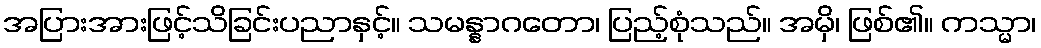
အပြားအားဖြင့်သိခြင်းပညာနှင့်။ သမန္နာဂတော၊ ပြည့်စုံသည်။ အမှိ၊ ဖြစ်၏။ ကသ္မာ၊